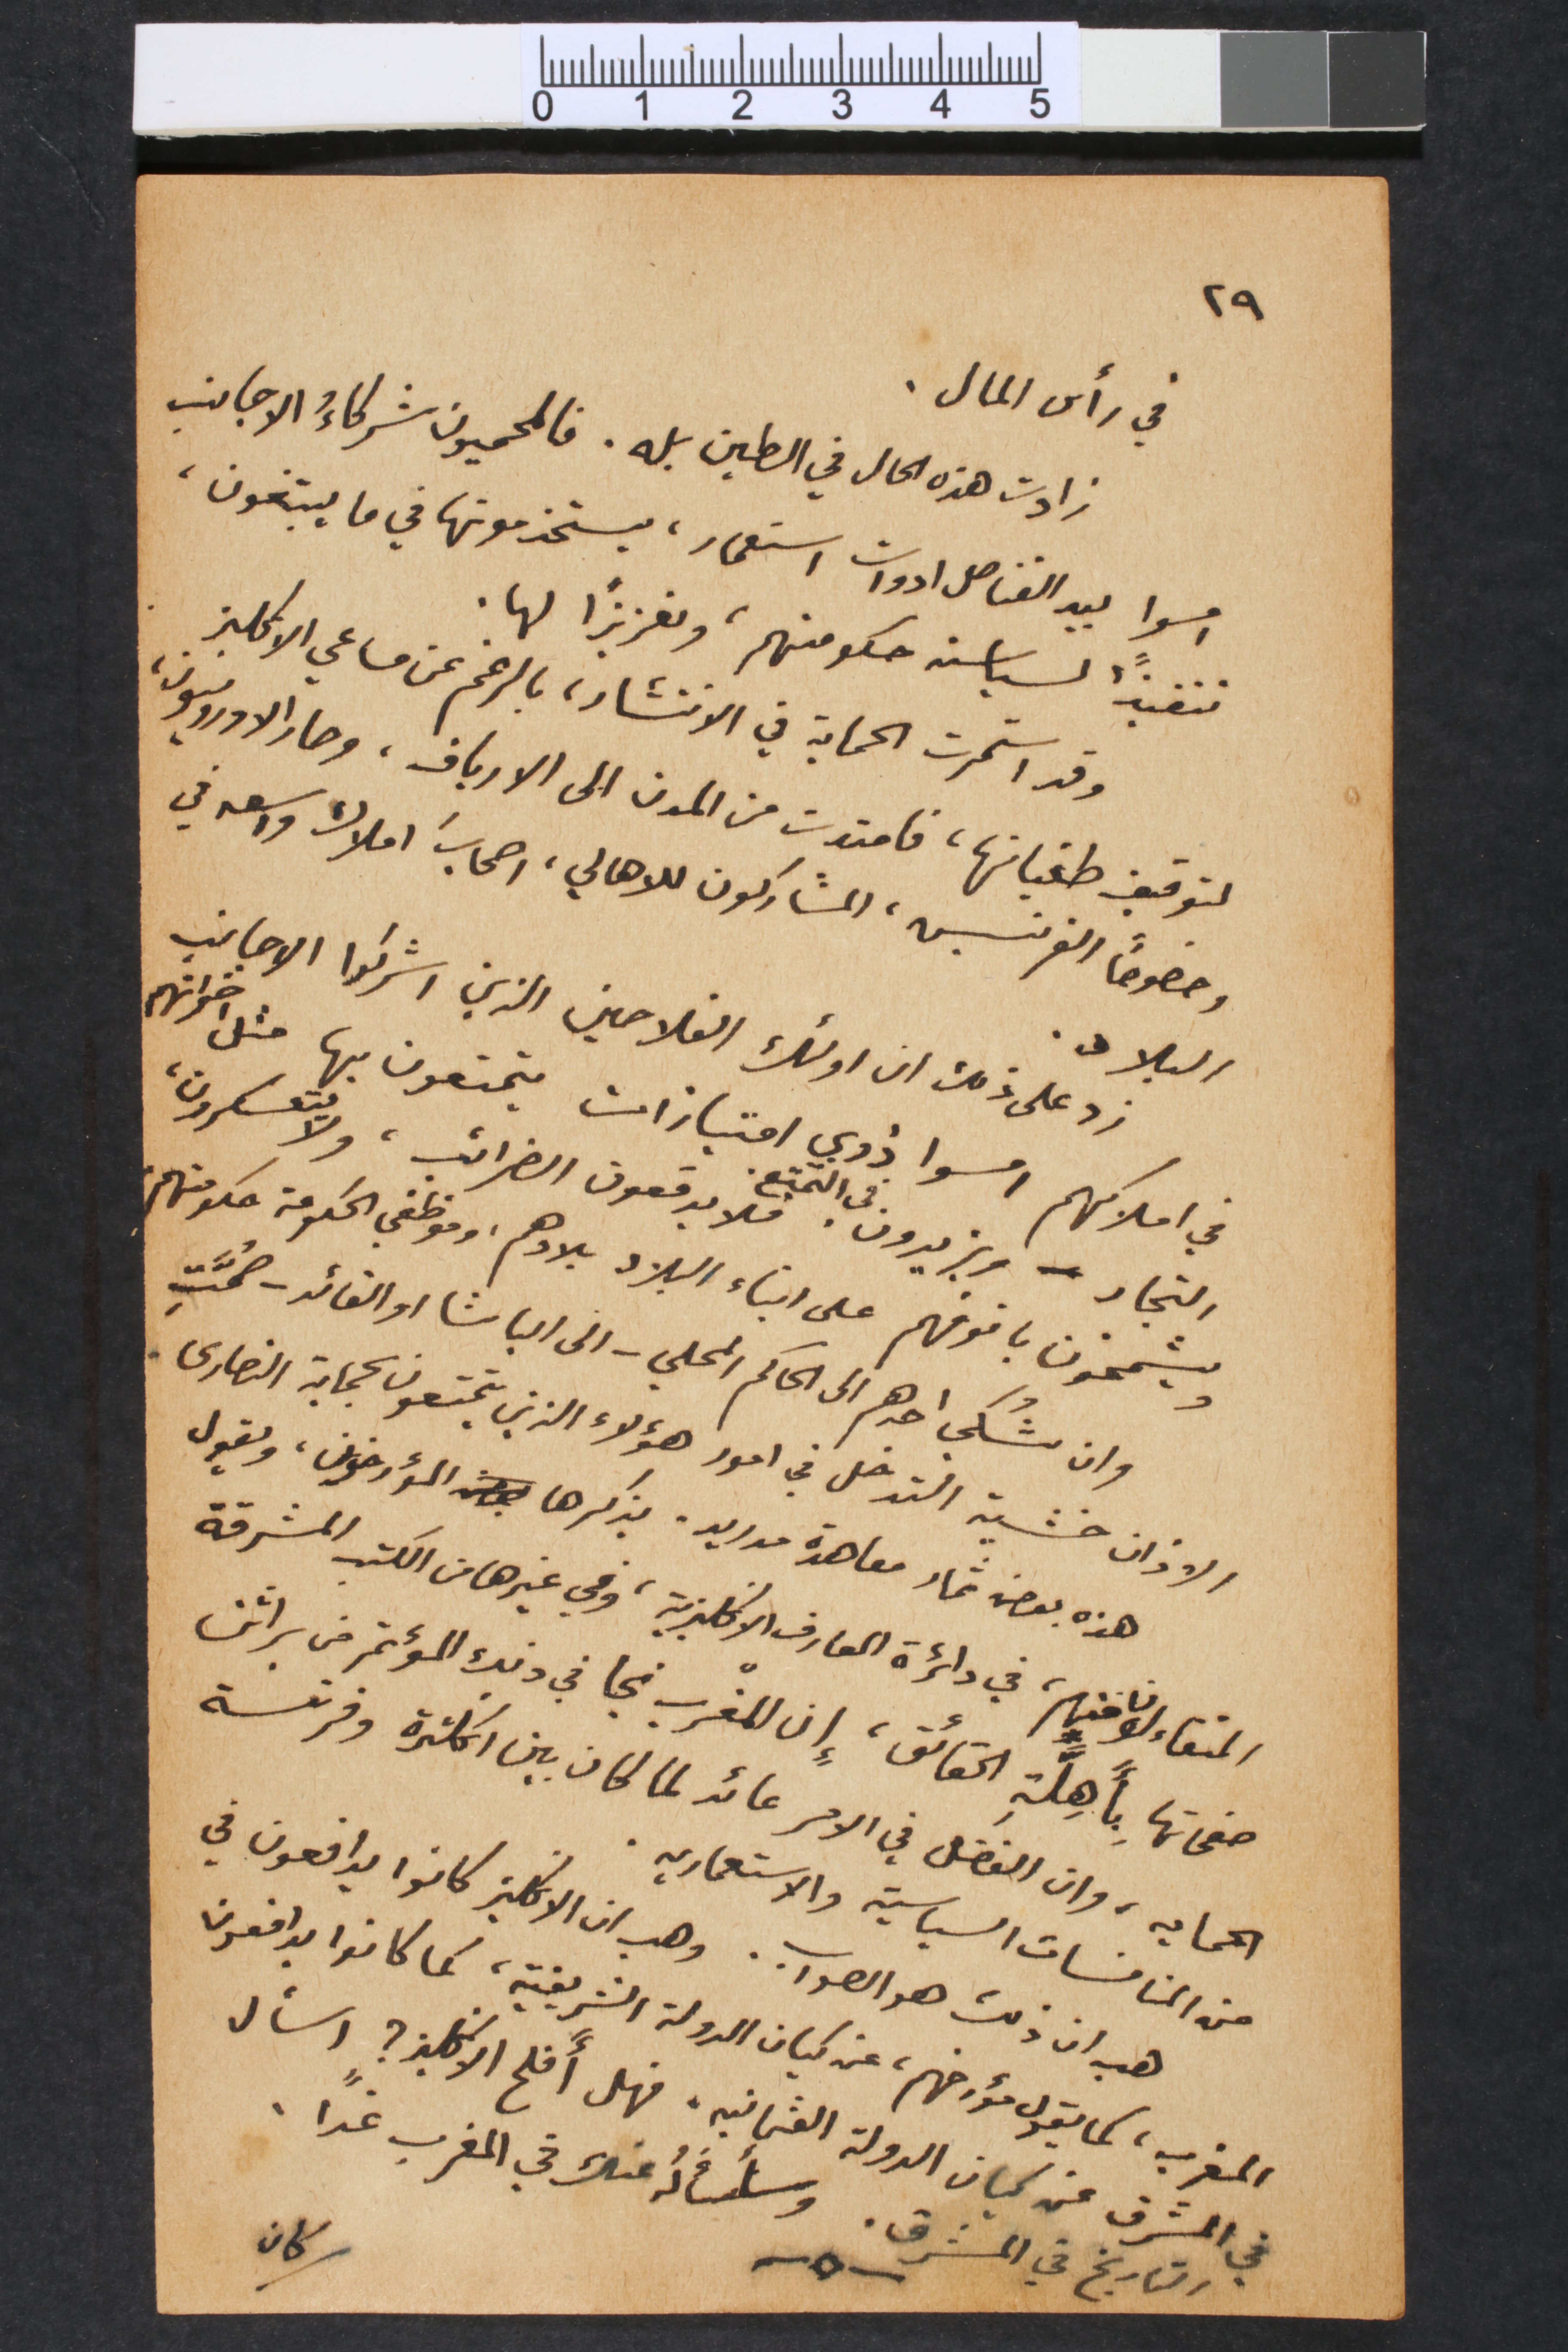
٢٩
في رأس المال.
زادت هذه الحال في الطين بله. فالمحميون شركاءُ الاجانب
امسوا بيد القناصل ادوات استعمار، يستخدمونها في ما يبتغون،
تنفيذاً لسياسة حكومتهم، وتعزيزاً لها.
وقد استمرت الحماية في الانتشار، بالرغم عن مساعي الانكليز
لتوقيف طغيانها، فامتدت من المدن الى الارياف، وصار الاوروبيون،
وخصوصاً الفرنسيس، المشاركون للاهالي، اصحاب املاك واسعه في
البلاد.
زد على ذلك ان اولئك الفلاحين الذين اشركوا الاجانب
في املاكهم امسوا ذوي امتيازات يتمتعون بها مثل اخوانهم
التجار – ويزيدون في التمتع. فلا يدفعون الضرائب، ولا يتعسكرون،
ويشمخون بانوفهم على ابناء البلاد بلادهم، وموظفي الحكومة حكومتهم.
وان شُكي احدهم الى الحاكم المحلي – الى الباشا او القائد – صُمَّتِ
الاذان خشية التدخل في امور هؤلاء الذين يتمتعون بحماية النصارى.
هذه بعض ثمار معاهدة مدريد. يذكرها المؤرخون، ويقول
المتفاءلون منهم، في دائرة المعارف الانكليزية، وفي غيرها من الكتب المشرقة
صفحاتها بِأَهِلَةِ الحقائق، إن المغْرب نجا في ذلك المؤتمر من براثن
الحمايه، وان الفضل في الامر عائد لما كان بين انكلترة وفرنسة
من المنافسات السياسية والاستعماريه.
هب ان ذلك هو الصواب. وهب ان الانكليز كانوا يدافعون في
المغرب، كما يقول مؤرخهم، عن كيان الدولة الشريفية، كما كانوا يدافعون
في المشرق عن كيان الدولة العثمانيه. فهل أفلح الانكليز؟ اسأل
التاريخ في المشرق. وسأسألَهُ عنك في المغرب غداً.
كان